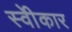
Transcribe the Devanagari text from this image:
स्वीेकार